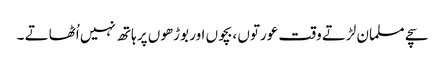
سچے مسلمان لڑتے وقت عورتوں ،بچوں اور بوڑھوں پر ہاتھ نہیں اُٹھاتے ۔